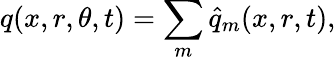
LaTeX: q(x,r,\theta,t)=\sum_{m}\hat{q}_{m}(x,r,t),